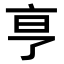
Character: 𬽉